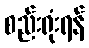
စည်းရုံးရန်